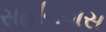
સહનિવાસ